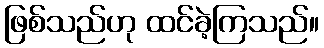
ဖြစ်သည်ဟု ထင်ခဲ့ကြသည်။